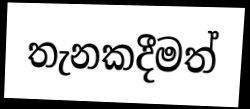
තැනකදීමත්